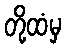
တို့ထံမှ